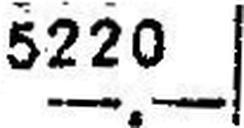
—.—